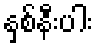
နှစ်နီးပါး